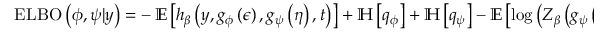
\begin{array} { r } { \operatorname { E L B O } \left( \phi , \psi \vert y \right) = - \operatorname { \mathbb { E } } \left[ h _ { \beta } \left( y , g _ { \phi } \left( \epsilon \right) , g _ { \psi } \left( \eta \right) , t \right) \right] + \mathbb { H } \left[ q _ { \phi } \right] + \mathbb { H } \left[ q _ { \psi } \right] - \mathbb { E } \left[ \log \left( Z _ { \beta } \left( g _ { \psi } \left( \eta \right) \right) \right) \right] , } \end{array}